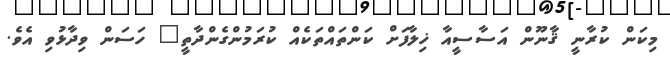
މިކަން ކުރާނީ ޤާނޫން އަސާސީއާ ޚިލާފަށް ކަންތައްތަކެއް ކުރަމުންގެންދާތީ" ހަސަން ވިދާޅުވި އެވެ.